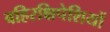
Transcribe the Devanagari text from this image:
बहिरक्षिपेशियों